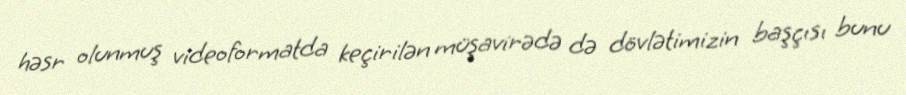
həsr olunmuş videoformatda keçirilən müşavirədə də dövlətimizin başçısı bunu